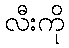
လီးကို